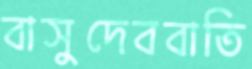
বাসুদেববাতি